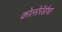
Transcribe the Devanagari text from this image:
कोलोरॅडोचा